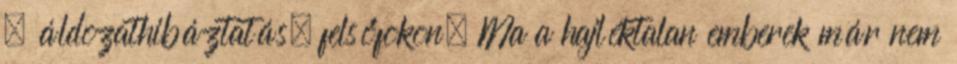
– áldozathibáztatás, felsőfokon. Ma a hajléktalan emberek már nem